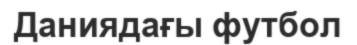
Даниядағы футбол